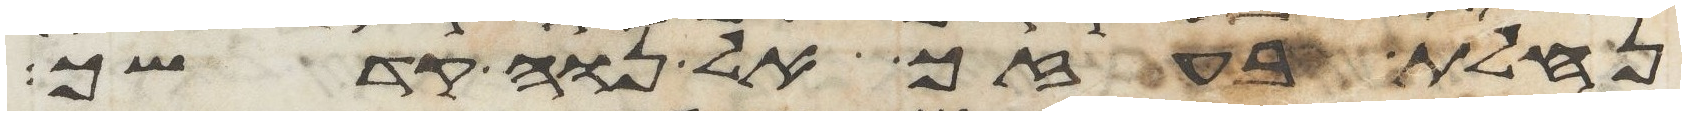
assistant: נחלת בעזך אל נוה קדשך